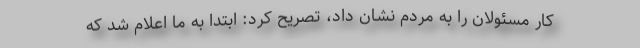
کار مسئولان را به مردم نشان داد، تصریح کرد: ابتدا به ما اعلام شد که